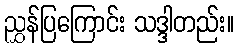
ညွှန်ပြကြောင်း သဒ္ဒါတည်း။